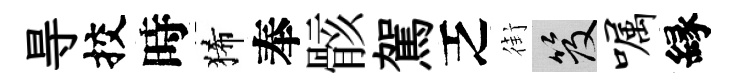
㝵挍時狶奉骸駕乏街笈嘱縁